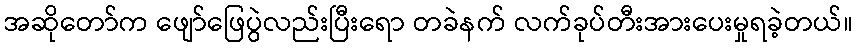
အဆိုတော်က ဖျော်ဖြေပွဲလည်းပြီးရော တခဲနက် လက်ခုပ်တီးအားပေးမှုရခဲ့တယ်။